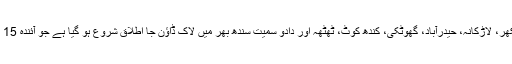
تفصیلات کے مطابق سکھر، لاڑکانہ، حیدرآباد، گھوٹکی، کندھ کوٹ، ٹھٹھہ اور دادو سمیت سندھ بھر میں لاک ڈاؤن جا اطلاق شروع ہو گیا ہے جو آئندہ 15 روز تک جاری رہے گا۔